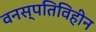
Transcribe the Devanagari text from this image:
वनस्पतिविहीन